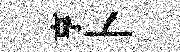
亨卜